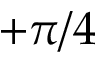
+ \pi / 4